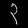
Digit: ၃